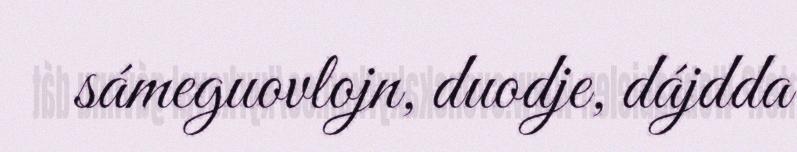
sámeguovlojn, duodje, dájdda